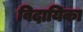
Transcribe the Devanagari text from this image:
विदायिका